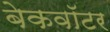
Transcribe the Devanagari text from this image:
बेकवॉटर